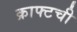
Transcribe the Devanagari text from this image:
क्राफ्टची